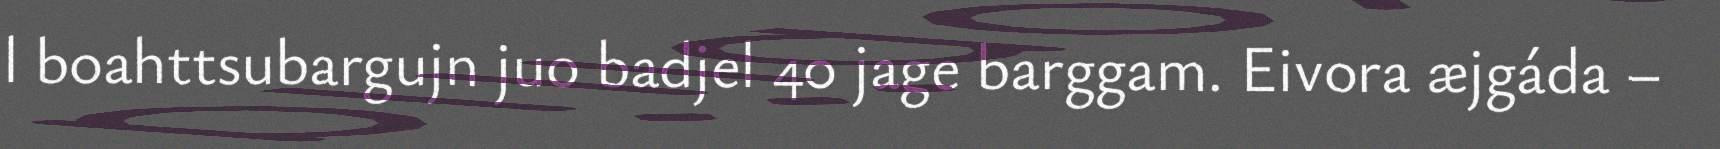
l boahttsubargujn juo badjel 40 jage barggam. Eivora æjgáda –